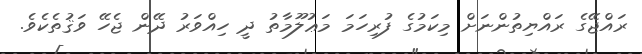
ރައްޖޭގެ ރައްޔިތުންނަށް މިކަމުގެ ފުރިހަމަ މަޢުލޫމާތު ދީ ހިއްވަރު ދޭން ޖެހޭ ވަޤުތެކެވެ.